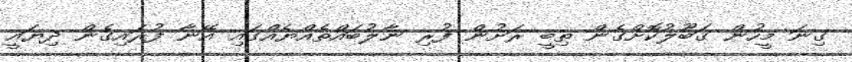
ގިނަ މީހުން ގަބޫލުކޮށްގެން ތިބީ ރަށުން ފުރި ނާލުބައްތެއްޔެއްގައި އޭނާ ފުރައިގެން ދިޔައީ